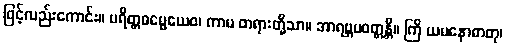
ဖြင့်လည်းကောင်း။ ပရိတ္တဓမ္မေယေဝ၊ ကာမ တရားတို့သာ။ အာရဗ္ဘပဝတ္တန္တိ။ ကြိ ယမနောဓာတု၊